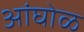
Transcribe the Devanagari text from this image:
अांघोळ